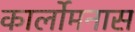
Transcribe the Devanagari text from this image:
कार्लोमनास